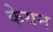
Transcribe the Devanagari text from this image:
केयन